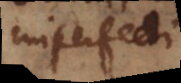
imperfecti